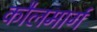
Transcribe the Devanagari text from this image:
कौलमार्ग